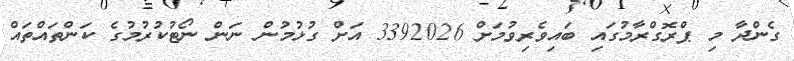
ގެންދާ މި ޕްރޮގްރާމުގައި ބައިވެރިވުމަށް 3392026 އަށް ގުޅުމުން ނަން ނޯޓުކުރުމުގެ ކަންތައްތައް